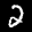
Label: 2